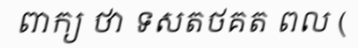
ពាក្យ ថា ទសតថគត ពល (